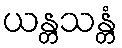
ယန္တသန္တံ